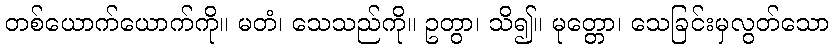
တစ်ယောက်ယောက်ကို။ မတံ၊ သေသည်ကို။ ဥတွာ၊ သိ၍။ မုတ္တော၊ သေခြင်းမှလွတ်သော